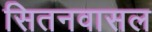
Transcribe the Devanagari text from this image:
सितनवासल